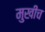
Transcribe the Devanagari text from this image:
मुखीच